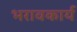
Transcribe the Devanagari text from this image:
भरावकार्य